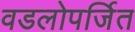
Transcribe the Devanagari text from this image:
वडलोपर्जित